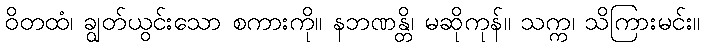
ဝိတထံ၊ ချွတ်ယွင်းသော စကားကို။ နဘဏန္တိ၊ မဆိုကုန်။ သက္က၊ သိကြားမင်း။